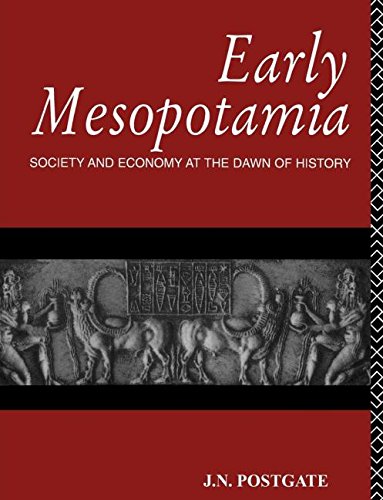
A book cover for Early Mesopotamia: Society and Economy at the Dawn of History; Nicholas Postgate; History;